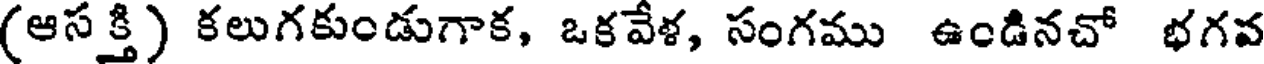
(ఆసక్తి) కలుగకుండుగాక, ఒకవేళ, సంగము ఉండినచో భగవ